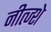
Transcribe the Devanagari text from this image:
नीत्ज्शे